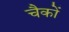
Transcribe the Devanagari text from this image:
चैकों